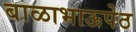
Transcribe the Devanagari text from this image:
बाळाभाऊपेठ